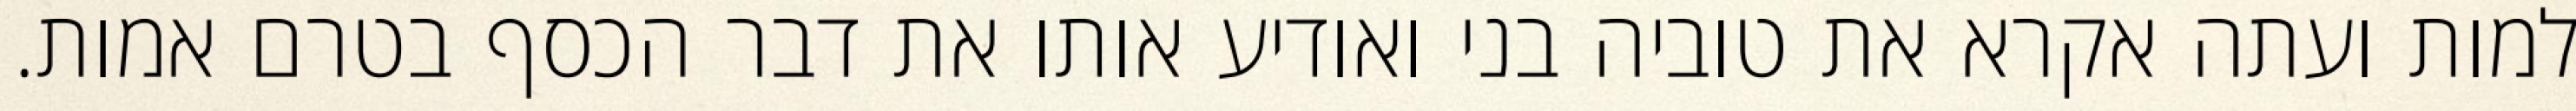
למות ועתה אקרא את טוביה בני ואודיע אותו את דבר הכסף בטרם אמות.